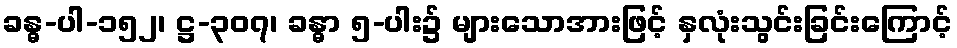
ခန္ဓ-ပါ-၁၅၂၊ ဋ္ဌ-၃၀၇၊ ခန္ဓာ ၅-ပါး၌ များသောအားဖြင့် နှလုံးသွင်းခြင်းကြောင့်